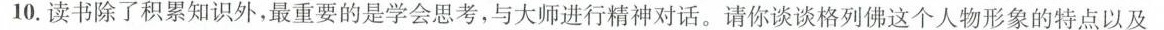
10.读书除了积累知识外，最重要的是学会思考，与大师进行精神对话。请你谈谈格列佛这个人物形象的特点以及